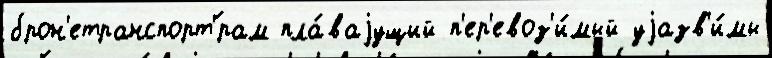
брон'етранспорт'́рам пла́ваjущий п'ер'евоз'и́мый уjазв'и́мы